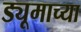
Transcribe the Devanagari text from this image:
ड्यूमाच्या